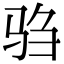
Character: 驺